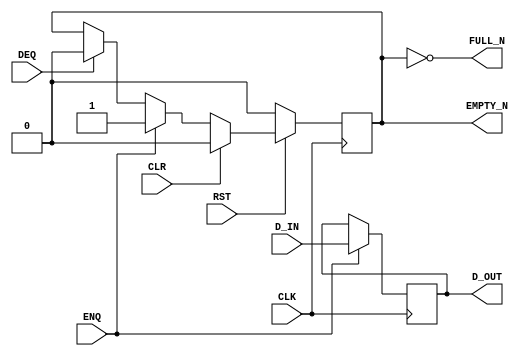

`ifdef BSV_ASSIGNMENT_DELAY
`else
  `define BSV_ASSIGNMENT_DELAY
`endif

`ifdef BSV_POSITIVE_RESET
  `define BSV_RESET_VALUE 1'b1
  `define BSV_RESET_EDGE posedge
`else
  `define BSV_RESET_VALUE 1'b0
  `define BSV_RESET_EDGE negedge
`endif

`ifdef BSV_ASYNC_RESET
 `define BSV_ARESET_EDGE_META or `BSV_RESET_EDGE RST
`else
 `define BSV_ARESET_EDGE_META
`endif

`ifdef BSV_RESET_FIFO_HEAD
 `define BSV_ARESET_EDGE_HEAD `BSV_ARESET_EDGE_META
`else
 `define BSV_ARESET_EDGE_HEAD
`endif

// Depth 1 FIFO
module FIFO1(CLK,
             RST,
             D_IN,
             ENQ,
             FULL_N,
             D_OUT,
             DEQ,
             EMPTY_N,
             CLR
             );

   parameter width = 1;
   parameter guarded = 1'b1;
   input                  CLK;
   input                  RST;
   input [width - 1 : 0]  D_IN;
   input                  ENQ;
   input                  DEQ;
   input                  CLR ;

   output                 FULL_N;
   output [width - 1 : 0] D_OUT;
   output                 EMPTY_N;

   reg [width - 1 : 0]    D_OUT;
   reg                    empty_reg ;


   assign                 EMPTY_N = empty_reg ;


`ifdef BSV_NO_INITIAL_BLOCKS
`else // not BSV_NO_INITIAL_BLOCKS
   // synopsys translate_off
   initial
     begin
        D_OUT   = {((width + 1)/2) {2'b10}} ;
        empty_reg = 1'b0 ;
     end // initial begin
   // synopsys translate_on
`endif // BSV_NO_INITIAL_BLOCKS


   assign FULL_N = !empty_reg;

   always@(posedge CLK `BSV_ARESET_EDGE_META)
     begin
        if (RST == `BSV_RESET_VALUE)
          begin
             empty_reg <= `BSV_ASSIGNMENT_DELAY 1'b0;
          end // if (RST == `BSV_RESET_VALUE)
        else
           begin
              if (CLR)
                begin
                   empty_reg <= `BSV_ASSIGNMENT_DELAY 1'b0;
                end // if (CLR)
              else if (ENQ)
                begin
                   empty_reg <= `BSV_ASSIGNMENT_DELAY 1'b1;
                end // if (ENQ)
              else if (DEQ)
                begin
                   empty_reg <= `BSV_ASSIGNMENT_DELAY 1'b0;
                end // if (DEQ)
           end // else: !if(RST == `BSV_RESET_VALUE)
     end // always@ (posedge CLK or `BSV_RESET_EDGE RST)

   always@(posedge CLK `BSV_ARESET_EDGE_HEAD)
     begin
`ifdef BSV_RESET_FIFO_HEAD
        if (RST == `BSV_RESET_VALUE)
          begin
             D_OUT <= `BSV_ASSIGNMENT_DELAY {width {1'b0}} ;
          end
        else
`endif
           begin
              if (ENQ)
                D_OUT     <= `BSV_ASSIGNMENT_DELAY D_IN;
           end // else: !if(RST == `BSV_RESET_VALUE)
     end // always@ (posedge CLK or `BSV_RESET_EDGE RST)

   // synopsys translate_off
   always@(posedge CLK)
     begin: error_checks
        reg deqerror, enqerror ;

        deqerror =  0;
        enqerror = 0;
        if (RST == ! `BSV_RESET_VALUE)
           begin
              if ( ! empty_reg && DEQ )
                begin
                   deqerror = 1 ;
                   $display( "Warning: FIFO1: %m -- Dequeuing from empty fifo" ) ;
                end
              if ( ! FULL_N && ENQ && (!DEQ || guarded) )
                begin
                   enqerror =  1 ;
                   $display( "Warning: FIFO1: %m -- Enqueuing to a full fifo" ) ;
                end
           end // if (RST == ! `BSV_RESET_VALUE)
     end
   // synopsys translate_on

endmodule